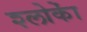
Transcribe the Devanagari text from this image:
श्लोकेां